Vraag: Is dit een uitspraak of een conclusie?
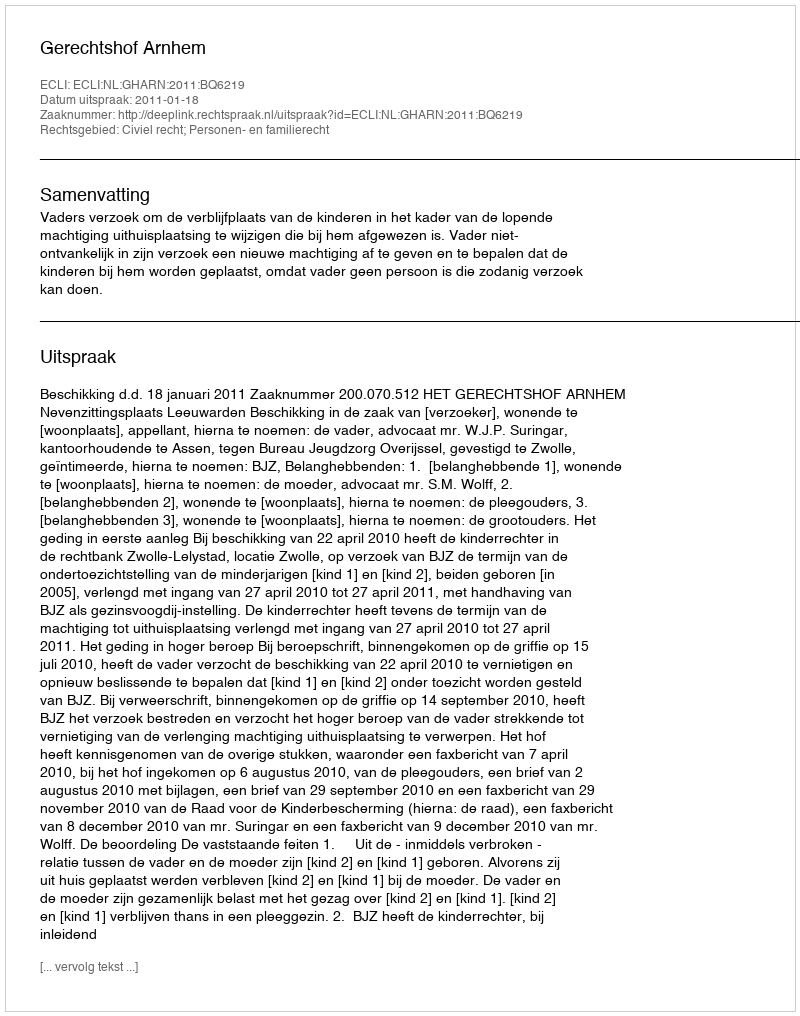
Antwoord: Uitspraak